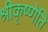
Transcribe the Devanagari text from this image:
श्रीकृष्णेति